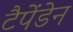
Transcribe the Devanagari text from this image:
टैपेंडेन